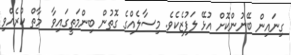
ގިނައިން ބޭނުންކޮށް އުޅޭ ލަފުޒެކެވެ. މިސާލެއްގެ ގޮތުން ބިންމަތީގައިވާ  މާތް ކުރެއްވި